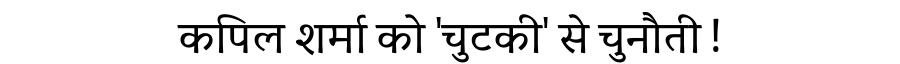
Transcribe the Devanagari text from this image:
कपिल शर्मा को 'चुटकी' से चुनौती !